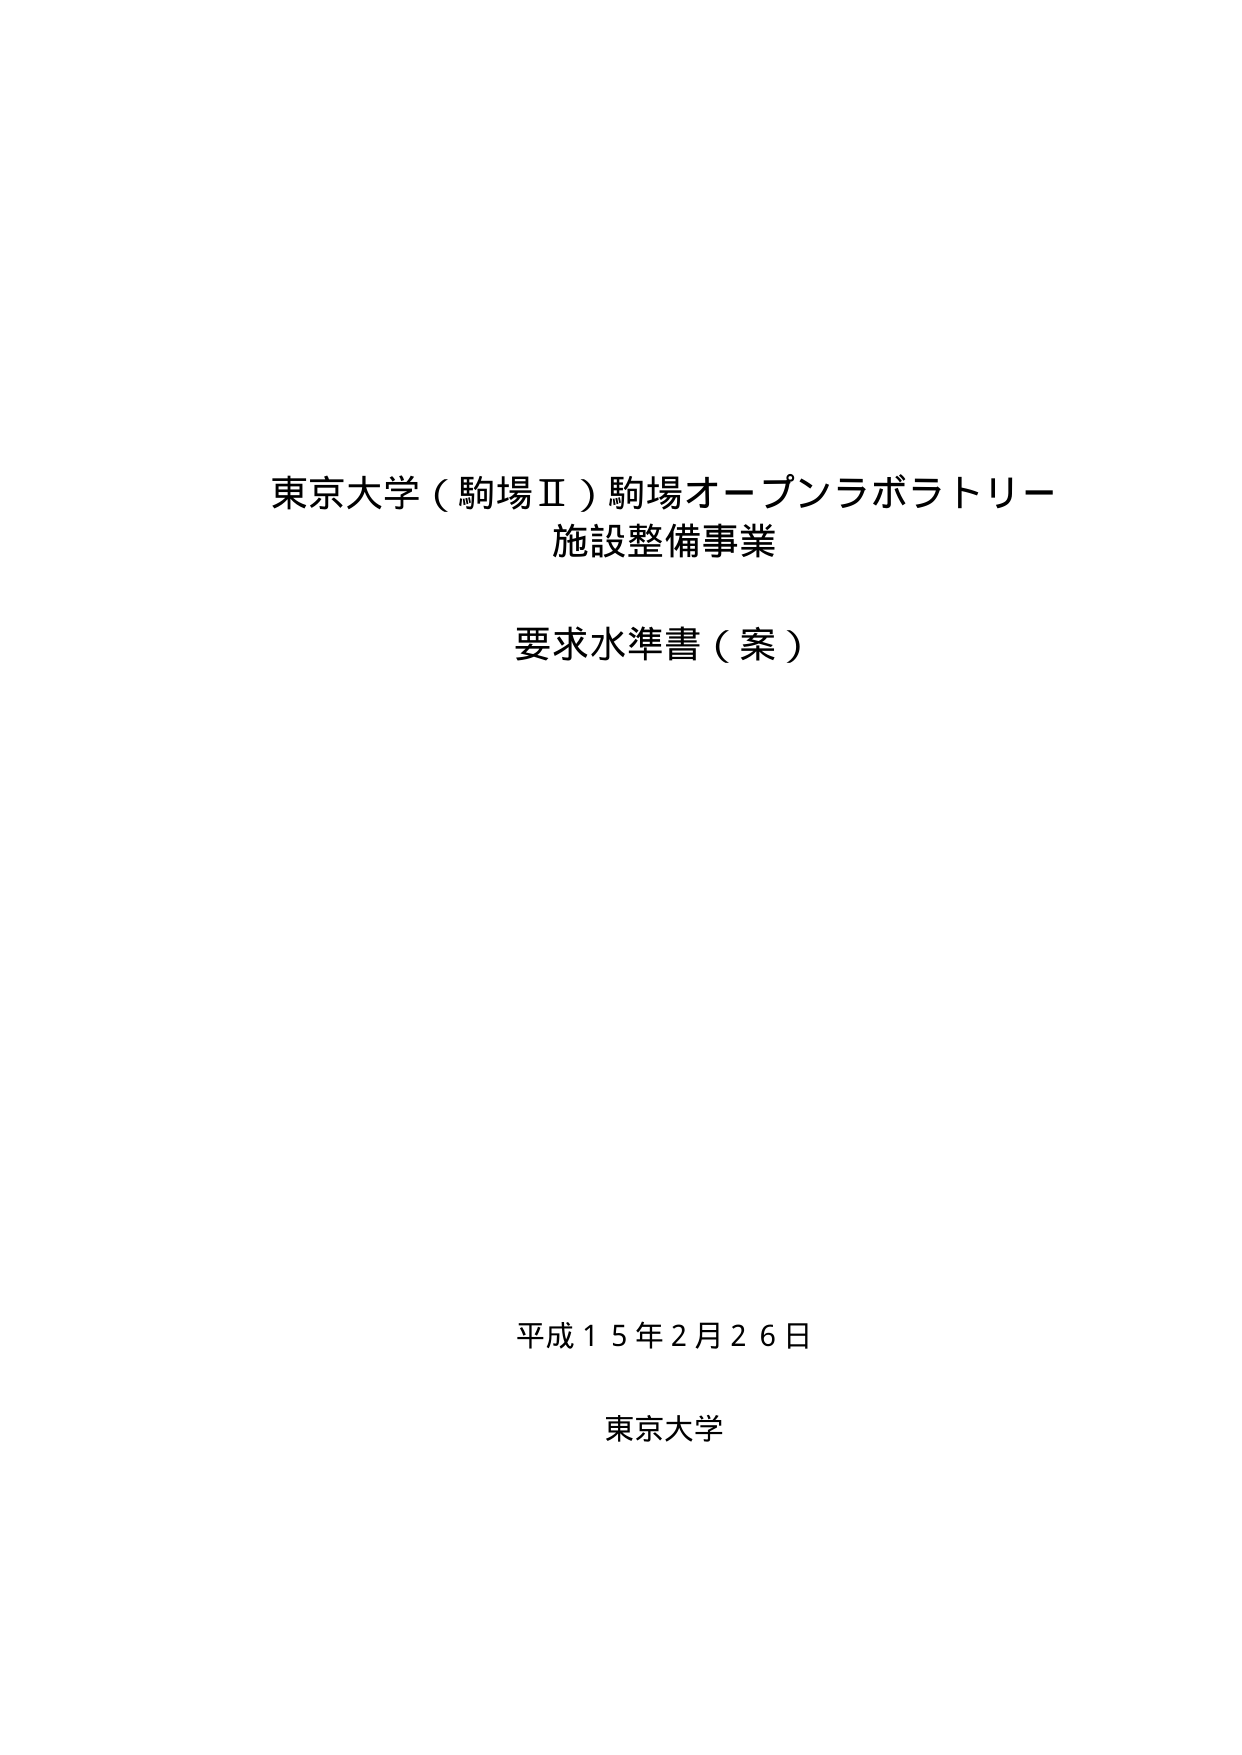
東京大学（駒場Ⅱ）駒場オープンラボラトリー
施設整備事業

要求水準書（案）

平成１５年２月２６日
東京大学